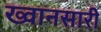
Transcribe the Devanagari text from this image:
ख्वानसारी